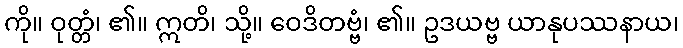
ကို။ ဝုတ္တံ၊ ၏။ ဣတိ၊ သို့။ ဝေဒိတဗ္ဗံ၊ ၏။ ဥဒယဗ္ဗ ယာနုပဿနာယ၊